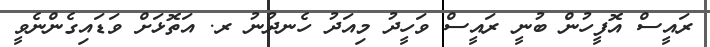
ރައީސް އޮފީހުން ބުނީ ރައީސް ވަހީދު މިއަދު ހެނދުނު ރ. އަތޮޅަށް ވަޑައިގެންނެވީ